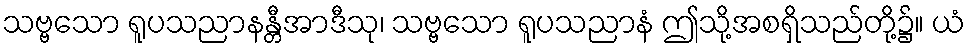
သဗ္ဗသော ရူပသညာနန္တီအာဒီသု၊ သဗ္ဗသော ရူပသညာနံ ဤသို့အစရှိသည်တို့၌။ ယံ